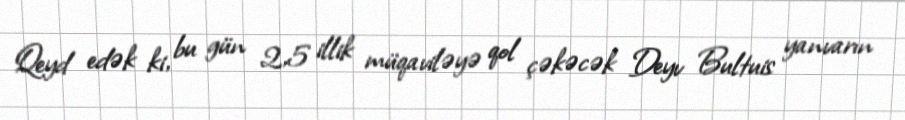
Qeyd edək ki, bu gün 2,5 illik müqaviləyə qol çəkəcək Deyv Bultuis yanvarın